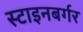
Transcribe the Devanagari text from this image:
स्टाइनबर्गर